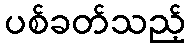
ပစ်ခတ်သည့်